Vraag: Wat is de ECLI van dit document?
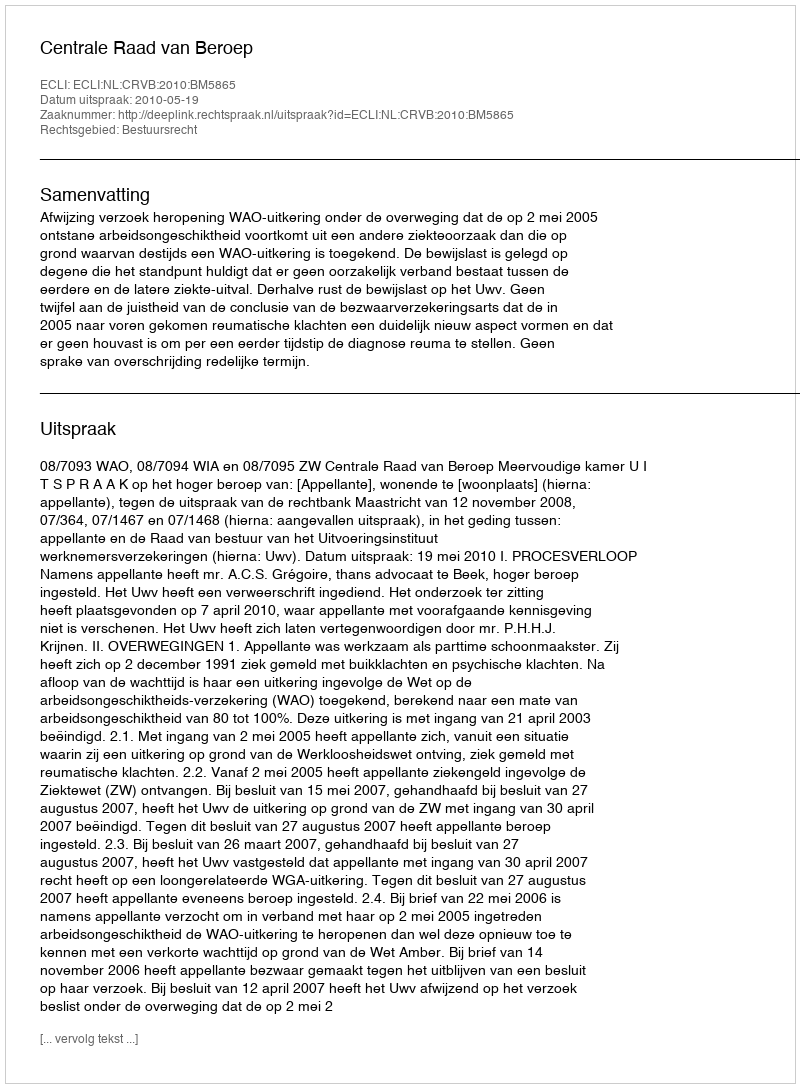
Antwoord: ECLI:NL:CRVB:2010:BM5865